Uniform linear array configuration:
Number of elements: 4
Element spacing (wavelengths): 0.75
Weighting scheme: kaiser
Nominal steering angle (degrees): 30
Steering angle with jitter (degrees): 31.107
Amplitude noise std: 0.05
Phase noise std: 0.05

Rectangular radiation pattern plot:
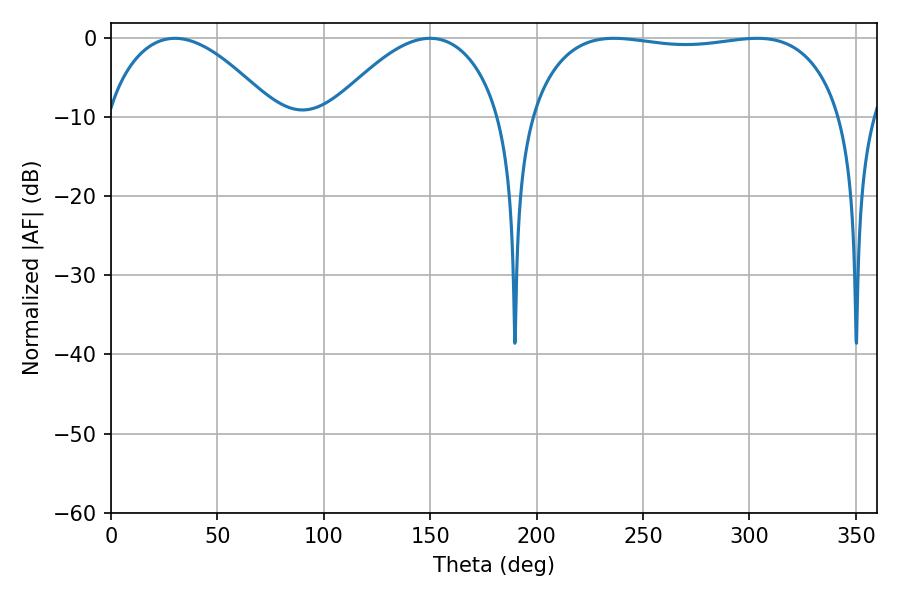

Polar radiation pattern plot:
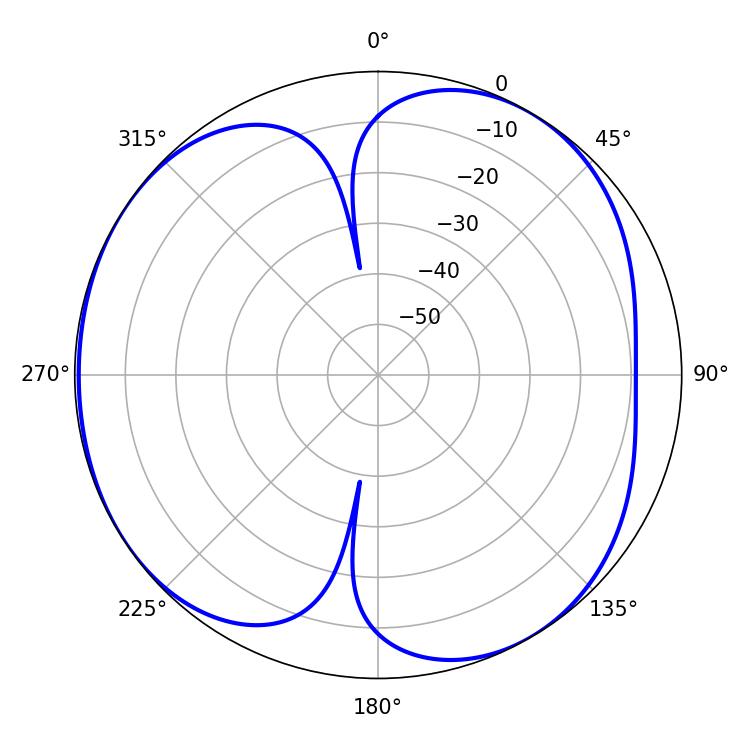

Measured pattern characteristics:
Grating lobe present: TRUE
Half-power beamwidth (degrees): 44.1
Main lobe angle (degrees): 30.06